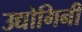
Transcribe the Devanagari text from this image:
उद्योगिनी